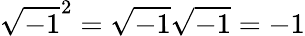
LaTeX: {\sqrt{-1}}^{2}={\sqrt{-1}}{\sqrt{-1}}=-1